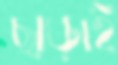
ছাড়াই